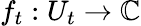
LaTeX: f_{t}:U_{t}\to\mathbb{C}